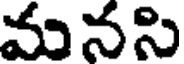
మనసి